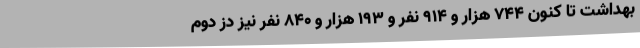
بهداشت تا کنون ۷۴۴ هزار و ۹۱۴ نفر و ۱۹۳ هزار و ۸۴۰ نفر نیز دُز دوم